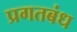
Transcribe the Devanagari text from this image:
प्रगतबंध